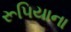
રૂપિયાના